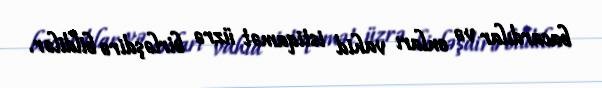
bacardılar və onları vahid istiqamət üzrə birləşdirə bildilər.